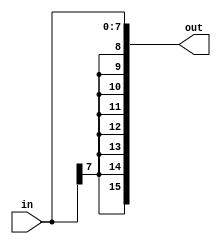
module sign_extender (
	input signed [7:0] in,
	output signed [15:0] out);

  assign out = in; // sign-extends

endmodule